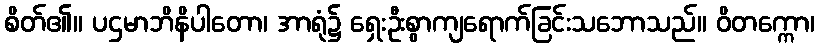
စိတ်၏။ ပဌမာဘိနိပါတော၊ အာရုံ၌ ရှေးဦးစွာကျရောက်ခြင်းသဘောသည်။ ဝိတက္ကော၊